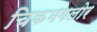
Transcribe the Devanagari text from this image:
चिकमगलोर